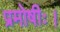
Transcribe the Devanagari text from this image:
प्रमोषीः।